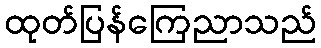
ထုတ်ပြန်ကြေညာသည်